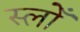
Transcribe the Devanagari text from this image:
स्लोँ